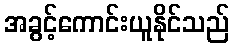
အခွင့်ကောင်းယူနိုင်သည်